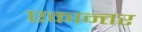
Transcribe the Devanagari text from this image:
एकान्‍तर